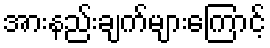
အားနည်းချက်များကြောင့်